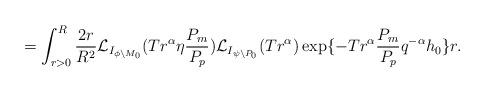
LaTeX: \begin{align*}=\int_{r>0}^{R}\frac{2r}{R^2}\mathcal{L}_{I_{\phi\setminus M_0}}(T r^\alpha \eta \frac{P_m}{P_p})\mathcal{L}_{I_{\psi\setminus P_0}}(Tr^\alpha) \exp\{-Tr^\alpha \frac{P_m}{P_p} {q}^{-\alpha}{h_0}\}r.\end{align*}